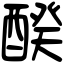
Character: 䤆